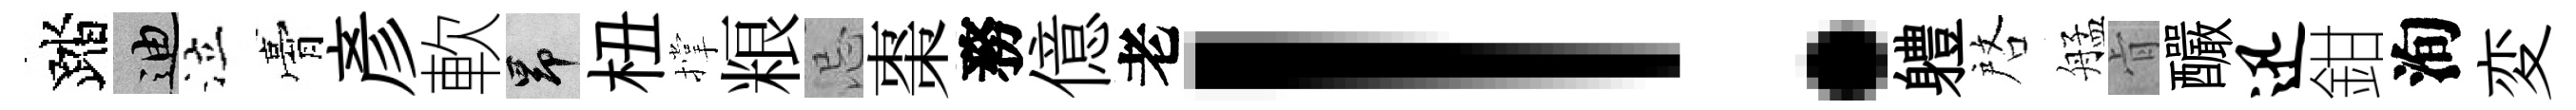
踏迪泣膏彥軟昂杻撑粮忌棗務億老！軆啓艋肻釅迅鉗洵変